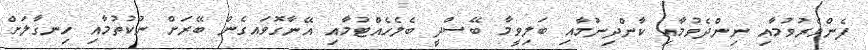
ފެންވެރުވުމާއި ނިންދެވުމާއި ކާންދިނުމާއި ބަލިވީމާ ބޭސްދީ ބެލެހެއްޓުމާއި އޭނާގޮވައގެން ބޭރަށް ނުކުތުމާއި ހިނގާލަށް